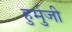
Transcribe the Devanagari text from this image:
हुर्मुजी